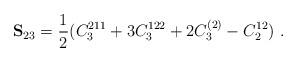
LaTeX: \begin{align*} \mathbf S_{23} = \dfrac{1}{2}(C_3^{211}+3C_3^{122}+2C_3^{(2)}-C_2^{12}) \ .\end{align*}